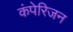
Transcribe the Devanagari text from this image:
कंपेरिजन